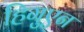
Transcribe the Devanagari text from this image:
हिगुएन